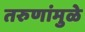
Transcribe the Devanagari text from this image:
तरुणांमुळे